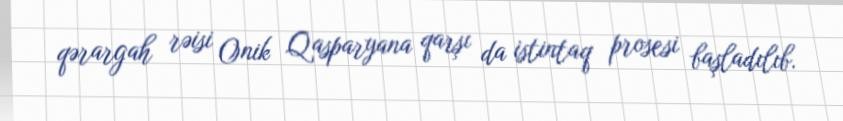
qərargah rəisi Onik Qasparyana qarşı da istintaq prosesi başladılıb.